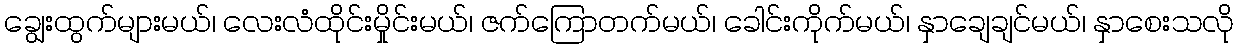
ချွေးထွက်များမယ်၊ လေးလံထိုင်းမှိုင်းမယ်၊ ဇက်ကြောတက်မယ်၊ ခေါင်းကိုက်မယ်၊ နှာချေချင်မယ်၊ နှာစေးသလို